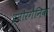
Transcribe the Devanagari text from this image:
इनोरगैनिक